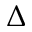
\Delta